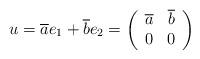
LaTeX: \begin{align*}u=\overline{a} e_1+\overline{b} e_2=\left(\begin{array}{cc}\overline{a} & \overline{b}\\0 & 0\end{array}\right)\end{align*}